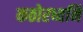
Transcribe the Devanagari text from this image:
कठोरध्वनि